Rangoon Lunatic Asylum 1878-1892 - 1878-1892
Year: 1878
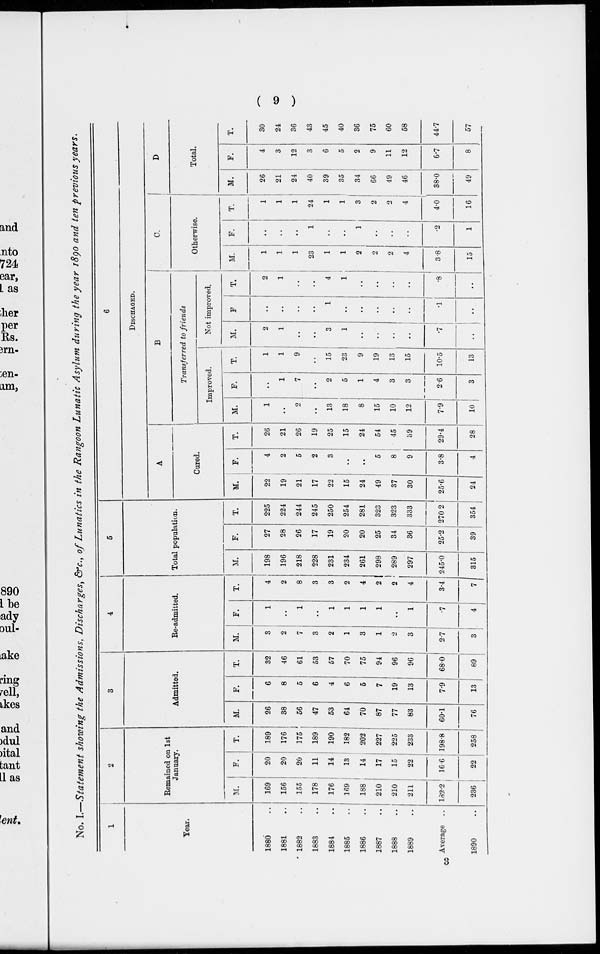
( 6 )
No. I.—Statement showing the Admissions, Discharges, &c, of Lunatics in the Rangoon Lunatic Asylum during the year 1890 and ten previous years.
1
Year.
1880 ..
1881 ..
1882 ..
1883 ..
1884 ..
1885 ..
1886 ..
1887 ..
1888 ..
1889 ..
Average ..
1890 ..
2
Remained on 1st
January.
M.
169
156
155
178
176
169
188
210
210
211
182.2
236
F.
20
20
20
11
14
13
14
17
15
22
16.6
22
T.
189
176
175
189
190
182
202
227
225
233
198.8
258
3
Admitted.
M.
26
38
56
47
53
64
70
87
77
83
60.1
76
F.
6
8
5
6
4
6
5
7
19
13
7.9
13
T.
32
46
61
53
57
70
75
94
96
96
68.0
89
4
Re-admitted.
M.
3
2
7
3
2
1
3
1
2
3
2.7
3
F.
1
..
1
..
1
1
1
1
..
1
.7
4
T.
4
2
8
3
3
2
4
2
2
4
3.4
7
5
Total population.
M.
198
196
218
228
231
234
261
298
289
297
245.0
315
F.
27
28
26
17
19
20
20
25
34
36
25.2
39
T.
225
224
244
245
250
254
281
323
323
333
270.2
354
6
DISCHARGED.
A
Cured.
M.
22
19
21
17
22
15
24
49
37
30
25.6
24
F.
4
2
5
2
3
..
..
5
8
9
3.8
4
T.
26
21
26
19
25
15
24
54
45
39
29.4
28
B
Transferred to friends
Improved.
M.
1
..
2
..
13
18
8
15
10
12
7.9
10
F.
..
1
7
..
2
5
1
4
3
3
2.6
3
T.
1
1
9
..
15
23
9
19
13
15
10.5
13
Not improved.
M.
2
1
..
..
3
1
..
..
..
..
.7
..
F
..
..
..
..
1
..
..
..
..
..
.1
..
T.
2
1
..
..
4
1
..
..
..
1
.8
..
C.
Otherwise.
M.
1
1
1
23
1
1
2
2
2
4
3.8
15
F.
..
..
..
1
..
..
1
..
..
..
.2
1
T.
1
1
1
24
1
1
3
2
2
4
4.0
16
D
Total.
M.
26
21
24
40
39
35
34
66
49
46
38.0
49
F.
4
3
12
3
6
5
2
9
11
12
6.7
8
T.
30
24
36
43
45
40
36
75
60
58
44.7
57
3